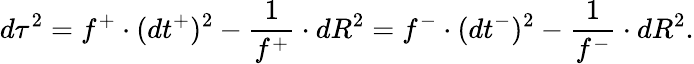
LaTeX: d\tau^{2}=f^{+}\cdot(dt^{+})^{2}-\frac{1}{f^{+}}\cdot dR^{2}=f^{-}\cdot(dt^{-})^{2}-\frac{1}{f^{-}}\cdot dR^{2}.